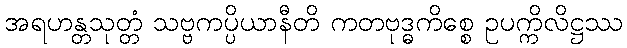
အရဟန္တသုတ္တံ သဗ္ဗကပ္ပိယာနီတိ ကတဗုဒ္ဓကိစ္စေ ဥပက္ကိလိဋ္ဌဿ